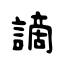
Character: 謫